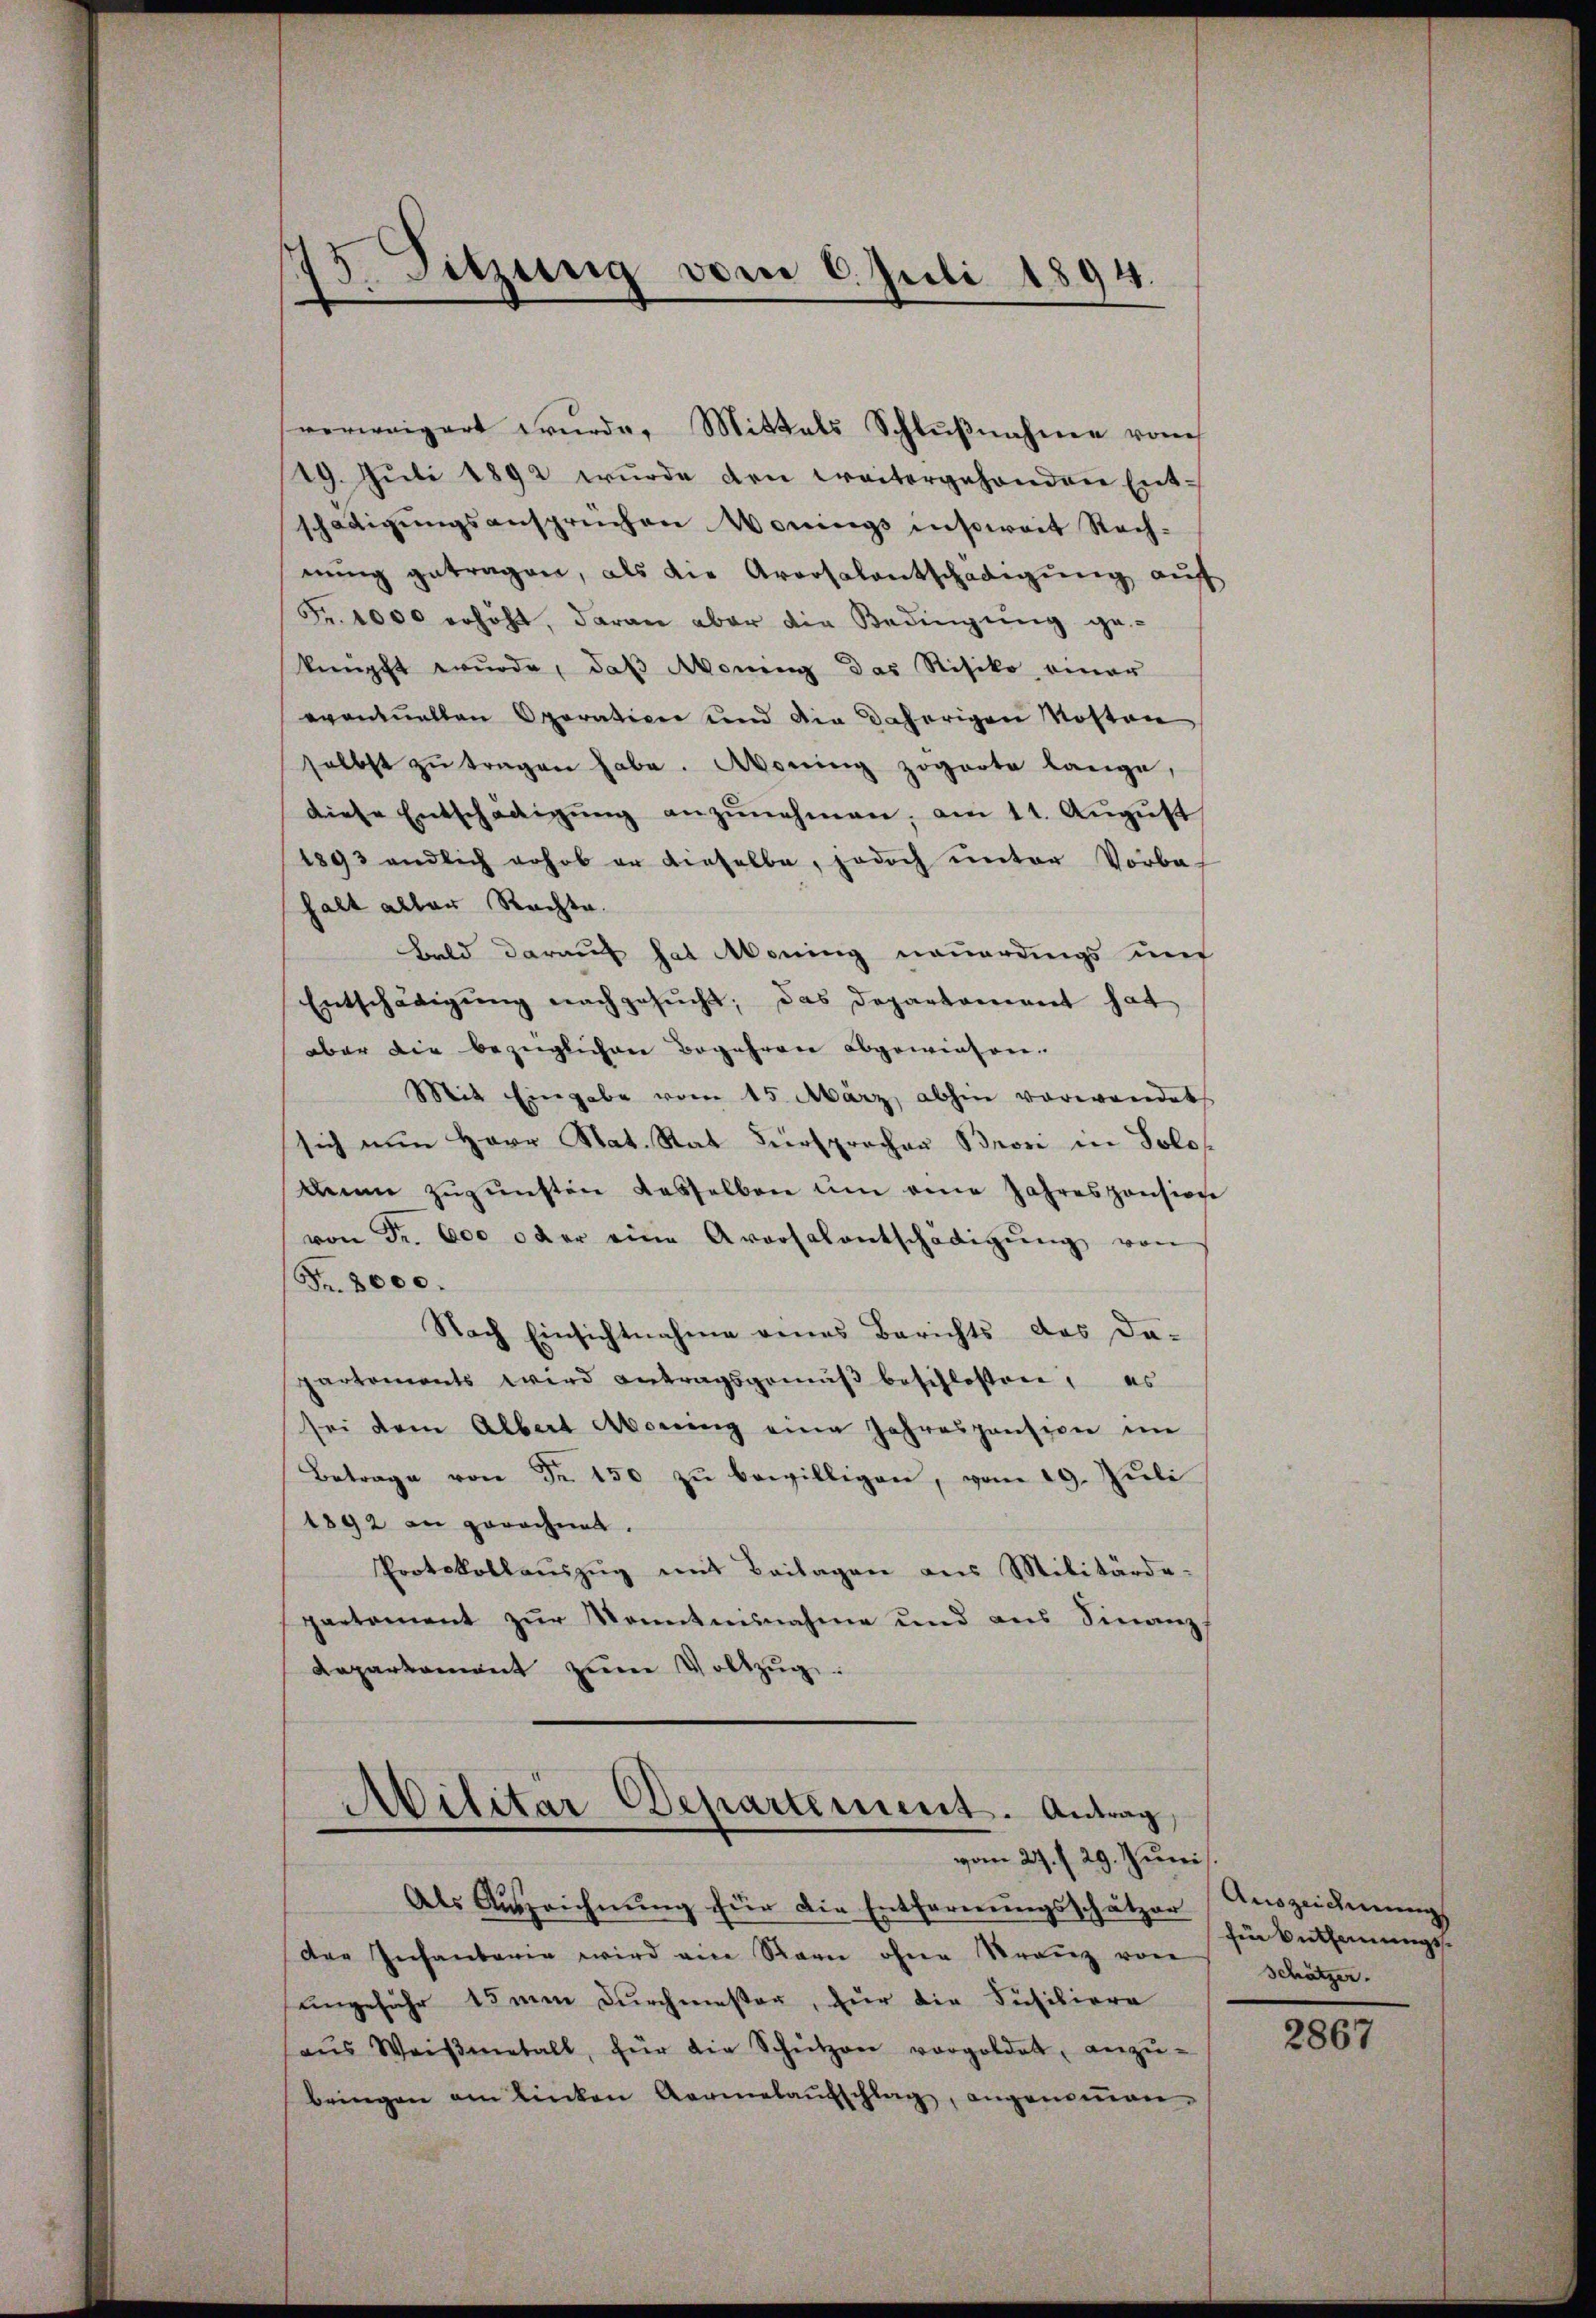
15. Sitzung vom 6. Juli 1894.

19. Jŭli 1892 wŭrde den weitergehenden Ent-
schädigungsansprüchen Nomings insoweit Rech-
nŭng getragen, als die Arrosalentschädigŭng aŭf
Fr. 4000 erhöht, daran aber die Bedingung ge-
knüpft wurde, daß Moning das Risiko einer
eventuellen Operation und die daherigen Kosten
selbst zŭ tragen habe. Moning zogarte lange,
diese Entschädigŭng anzŭnehmen, am 11. August
1893 endlich erhob er dieselbe, jedoch unter Vorba-
halt aller Rechte.
Bald darauf hat Moning neuerdings und
Entschädigŭng nachgesŭcht, das Departament hat
aber die bezüglichen Begehren abgewiesen.
Mit Eingabe vom 15. März abhin vorwandet
sich nun Herr Nat. Rat Fürsprochen Brosi in Solos
dein zŭzŭnften dasselben ŭm eine Jahresponsion
von Fr. 600 oder eine Aversalentschädigŭng von
Fr. 8000.
Nach Einsichtnahme eines Berichts des da-
partements wird antragsgemäβ beschlossen, es
sei dem Albert Abstreng eine Jahrespension im
Betrage von Fr. 150 zŭ bewilligen, vom 19. Jŭli
1892 in gerechnet.
Protokollaŭszŭg mit Beilagen aus Militärde-
paetament zŭr Kenntnisnahme und aus Finanz-
Repartament zŭm Vollzŭg.

verweigert würde. Mittals Schlŭβnahme vom

Militär Departement. Antrag,
vom 29. / 29. Juni

Als Auszeichnung für die Entfernungsschätzer
der Infantarie wird ein Stern ohne Kranz von
ungefähr 15 men durchmester, für die Füsiliore
aŭs Weiβmetall, für die Schützen vorgoldet, anzŭ-
bringen am linken Aermelaŭfschlag, angenoṁen.

Auszeichnung
für Anthonungs¬
Schätzer.

2867